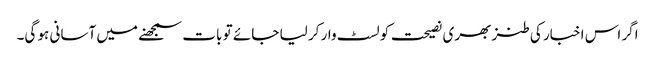
اگر اس اخبار کی طنز بھری نصیحت کو لسٹ وار کر لیا جائے تو بات سمجھنے میں آسانی ہو گی۔